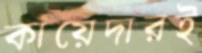
কায়েদারই